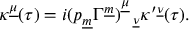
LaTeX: \kappa ^ { \underline { { \mu } } } ( \tau ) = i ( p _ { \underline { { m } } } \Gamma ^ { \underline { { m } } } ) _ { ~ ~ \underline { { { \nu } } } } ^ { \underline { { { \mu } } } } \kappa ^ { \prime \underline { { { \nu } } } } ( \tau ) .